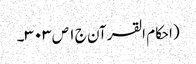
(احکام القرآن ج ١ ص ٣٠٣۔